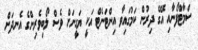
ސްމާޓްފޯނާއި އޭގެ ދިރުން ކަމުގައިވާ އިންޓަނެޓް އަކީ ޔަގީނަށް ވެސް ލޯބިވެރިންގެ އެނދަށް